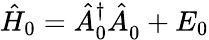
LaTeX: \hat{H}_{0}=\hat{A}_{0}^{\dagger}\hat{A}_{0}^{\phantom{\dagger}}+E_{0}